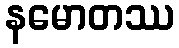
နမောတဿ